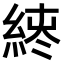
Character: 𫃪